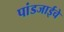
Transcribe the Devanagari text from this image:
पांडजाईचे